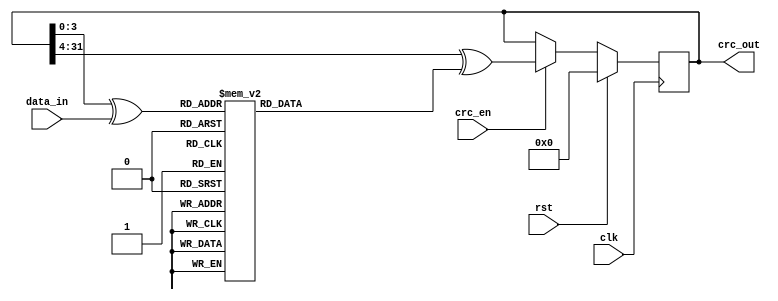
// This program was cloned from: https://github.com/open-sdr/openwifi-hw
// License: GNU Affero General Public License v3.0

/*
 * crc32 - TODO
 *
 * Michael Tetemke Mehari michael.mehari@ugent.be
 */

module crc32_tx
(
	input  wire rst,
	input  wire clk,

	input  wire crc_en,
	input  wire [3:0]  data_in,
	output reg  [31:0] crc_out
);

wire [3:0]  idx;
reg [31:0] crc_table;
always @(*) begin
	case(idx)
		4'b0000: begin crc_table = 32'h4DBDF21C; end
		4'b0001: begin crc_table = 32'h500AE278; end
		4'b0010: begin crc_table = 32'h76D3D2D4; end
		4'b0011: begin crc_table = 32'h6B64C2B0; end
		4'b0100: begin crc_table = 32'h3B61B38C; end
		4'b0101: begin crc_table = 32'h26D6A3E8; end
		4'b0110: begin crc_table = 32'h000F9344; end
		4'b0111: begin crc_table = 32'h1DB88320; end
		4'b1000: begin crc_table = 32'hA005713C; end
		4'b1001: begin crc_table = 32'hBDB26158; end
		4'b1010: begin crc_table = 32'h9B6B51F4; end
		4'b1011: begin crc_table = 32'h86DC4190; end
		4'b1100: begin crc_table = 32'hD6D930AC; end
		4'b1101: begin crc_table = 32'hCB6E20C8; end
		4'b1110: begin crc_table = 32'hEDB71064; end
		4'b1111: begin crc_table = 32'hF0000000; end
	endcase
end
assign idx = crc_out[3:0] ^ data_in;


always @(posedge clk)
if (rst)
   	crc_out <= 0;
else if(crc_en)
	crc_out <= {4'b0000, crc_out[31:4]} ^ crc_table;

endmodule